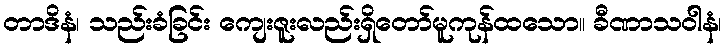
တာဒိနံ၊ သည်းခံခြင်း ကျေးဇူးလည်းရှိတော်မူကုန်ထသော။ ခီဏာသဝါနံ၊